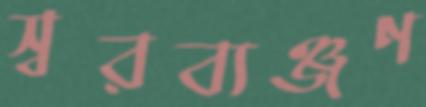
স্বরব্যঞ্জণ